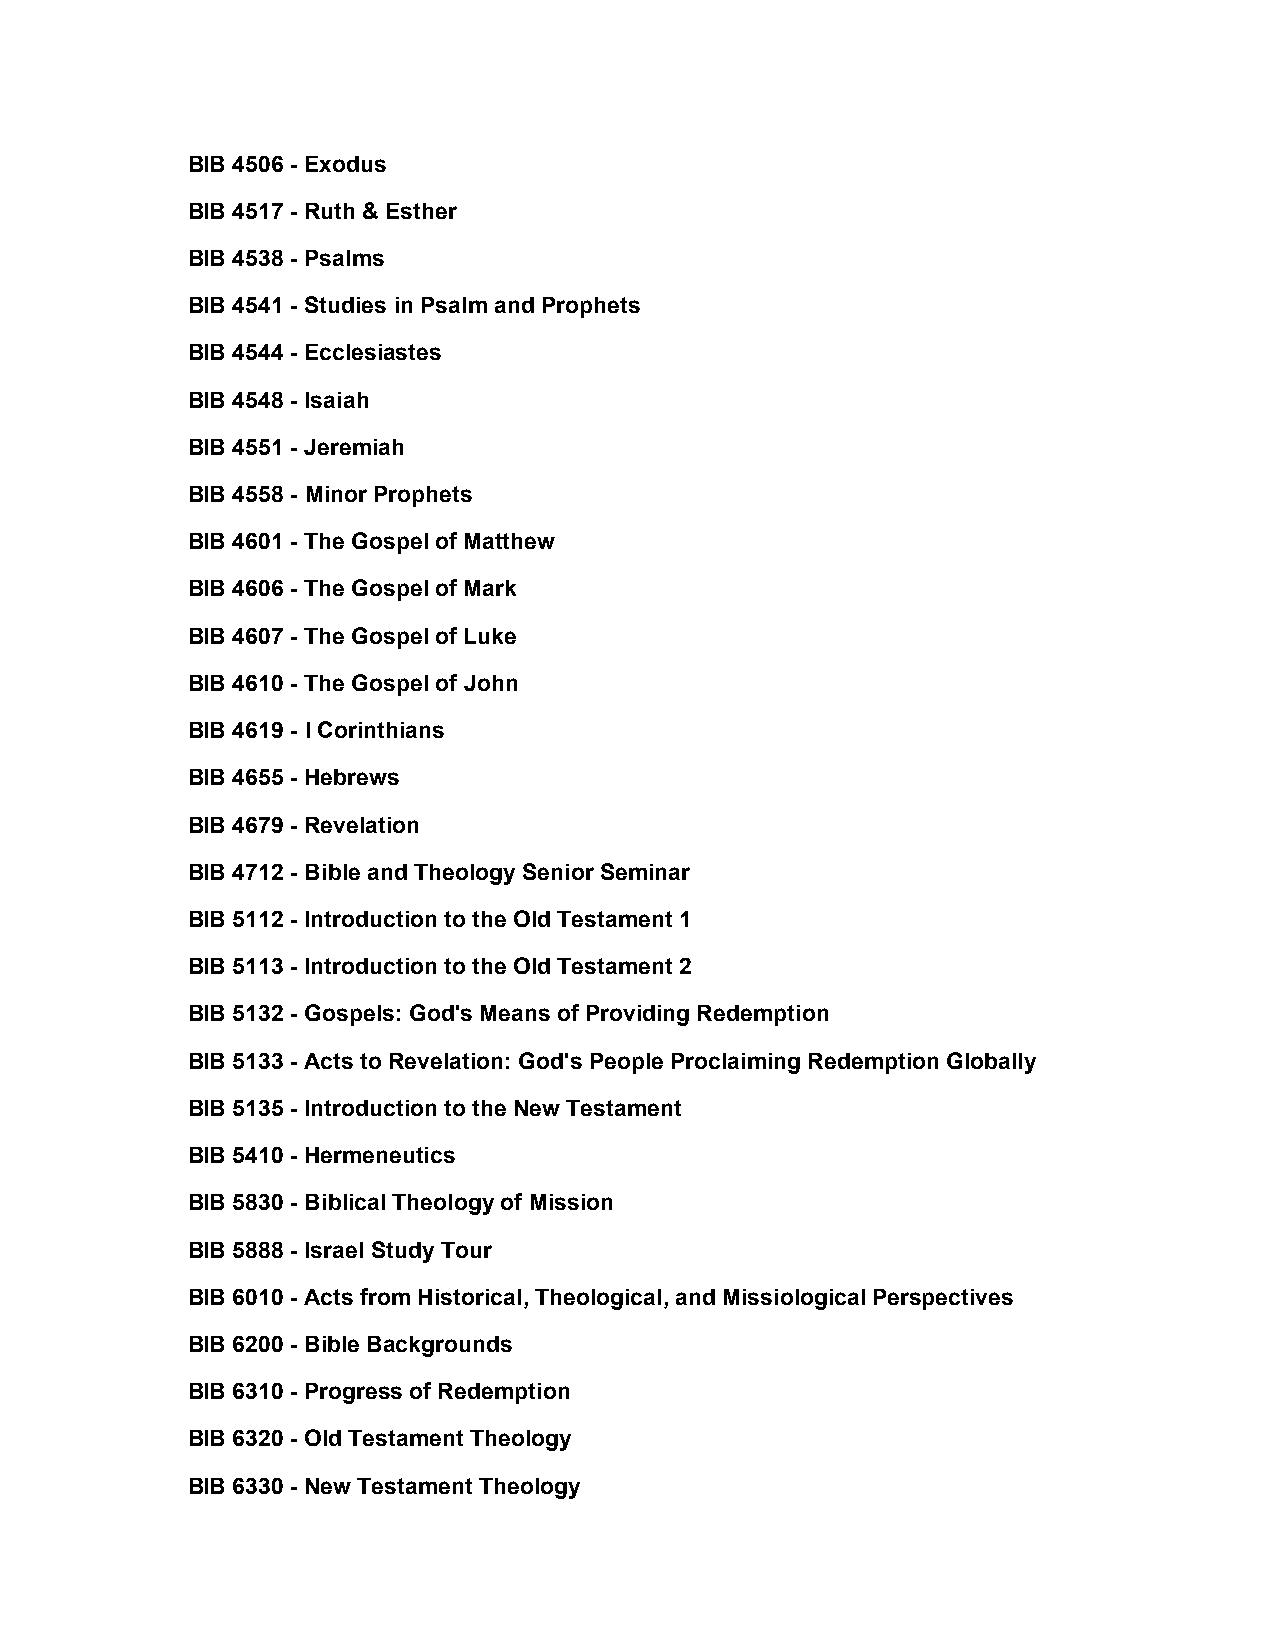
BIB 4506 - Exodus
 BIB 4517 - Ruth & Esther
 BIB 4538 - Psalms
 BIB 4541 - Studies in Psalm and Prophets
 BIB 4544 - Ecclesiastes
 BIB 4548 - Isaiah
 BIB 4551 - Jeremiah
 BIB 4558 - Minor Prophets
 BIB 4601 - The Gospel of Matthew
 BIB 4606 - The Gospel of Mark
 BIB 4607 - The Gospel of Luke
 BIB 4610 - The Gospel of John
 BIB 4619 - I Corinthians
 BIB 4655 - Hebrews
 BIB 4679 - Revelation
 BIB 4712 - Bible and Theology Senior Seminar
 BIB 5112 - Introduction to the Old Testament 1
 BIB 5113 - Introduction to the Old Testament 2
 BIB 5132 - Gospels: God's Means of Providing Redemption
 BIB 5133 - Acts to Revelation: God's People Proclaiming Redemption Globally
 BIB 5135 - Introduction to the New Testament
 BIB 5410 - Hermeneutics
 BIB 5830 - Biblical Theology of Mission
 BIB 5888 - Israel Study Tour
 BIB 6010 - Acts from Historical, Theological, and Missiological Perspectives
 BIB 6200 - Bible Backgrounds
 BIB 6310 - Progress of Redemption
 BIB 6320 - Old Testament Theology
 BIB 6330 - New Testament Theology